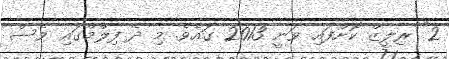
2" ރިލީޒް ކޮށްފައި ވަނީ 2013 ގައެވެ. މި ދެ ފިލްމްގައި ވެސް